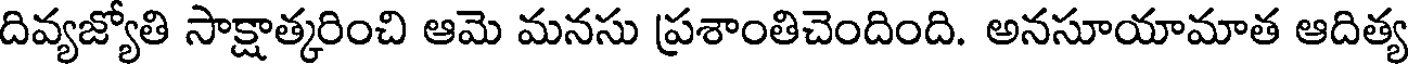
దివ్యజ్యోతి సాక్షాత్కరించి ఆమె మనసు ప్రశాంతిచెందింది. అనసూయామాత ఆదిత్య